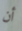
أن